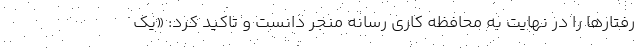
رفتارها را در نهایت به محافظه کاری رسانه منجر دانست و تاکید کرد: «یک